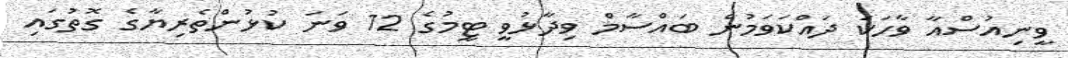
ވީނިއުސްއާ ވާހަކަ ދައްކަވަމުން ބައްސާމް ވިދާޅުވީ ޓީމުގެ 12 ވަނަ ކުޅުންތެރިޔާގެ ގޮތުގައި